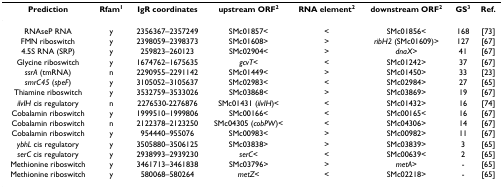
<table><thead><tr><td><b>Prediction</b></td><td><b>Rfam<sup>1</sup></b></td><td><b>IgR coordinates</b></td><td><b>upstream ORF<sup>2</sup></b></td><td><b>RNA element<sup>2</sup></b></td><td><b>downstream ORF<sup>2</sup></b></td><td><b>GS<sup>3</sup></b></td><td><b>Ref.</b></td></tr></thead><tbody><tr><td>RNAseP RNA</td><td>y</td><td>2356367–2357249</td><td>SMc01857&lt;</td><td>&lt;</td><td>SMc01856&lt;</td><td>168</td><td>[73]</td></tr><tr><td>FMN riboswitch</td><td>y</td><td>2398059–2398373</td><td>SMc01608&gt;</td><td>&gt;</td><td><i>ribH2 </i>(SMc01609)&gt;</td><td>127</td><td>[67]</td></tr><tr><td>4.5S RNA (SRP)</td><td>y</td><td>259823–260123</td><td>SMc02904&lt;</td><td>&gt;</td><td><i>dnaX</i>&gt;</td><td>41</td><td>[67]</td></tr><tr><td>Glycine riboswitch</td><td>y</td><td>1674762–1675635</td><td><i>gcvT&lt;</i></td><td>&lt;</td><td>SMc01242&gt;</td><td>37</td><td>[67]</td></tr><tr><td><i>ssrA </i>(tmRNA)</td><td>n</td><td>2290955–2291142</td><td>SMc01449&lt;</td><td>&gt;</td><td>SMc01450&gt;</td><td>33</td><td>[23]</td></tr><tr><td><i>smrC45 </i>(<i>speF</i>)</td><td>y</td><td>3105052–3105637</td><td>SMc02983&lt;</td><td>&lt;</td><td>SMc02984&gt;</td><td>27</td><td>[65]</td></tr><tr><td>Thiamine riboswitch</td><td>y</td><td>3532759–3533026</td><td>SMc03868&lt;</td><td>&gt;</td><td>SMc03869&gt;</td><td>19</td><td>[67]</td></tr><tr><td><i>ilvIH </i>cis regulatory</td><td>n</td><td>2276530-2276876</td><td>SMc01431 (<i>ilvIH</i>)&lt;</td><td>&lt;</td><td>SMc01432&gt;</td><td>16</td><td>[74]</td></tr><tr><td>Cobalamin riboswitch</td><td>y</td><td>1999510–1999806</td><td>SMc00166&lt;</td><td>&lt;</td><td>SMc00165&lt;</td><td>16</td><td>[67]</td></tr><tr><td>Cobalamin riboswitch</td><td>n</td><td>2122378–2123250</td><td>SMc04305 (<i>cobPW</i>)&lt;</td><td>&lt;</td><td>SMc04306&gt;</td><td>14</td><td>[67]</td></tr><tr><td>Cobalamin riboswitch</td><td>y</td><td>954440–955076</td><td>SMc00983&lt;</td><td>&gt;</td><td>SMc00982&gt;</td><td>11</td><td>[67]</td></tr><tr><td><i>ybhL </i>cis regulatory</td><td>y</td><td>3505880–3506125</td><td>SMc03838&gt;</td><td>&gt;</td><td>SMc03839&gt;</td><td>3</td><td>[65]</td></tr><tr><td><i>serC </i>cis regulatory</td><td>y</td><td>2938993–2939230</td><td><i>serC</i>&lt;</td><td>&lt;</td><td>SMc00639&lt;</td><td>2</td><td>[65]</td></tr><tr><td>Methionine riboswitch</td><td>y</td><td>3461713–3461838</td><td>SMc03796&gt;</td><td>&gt;</td><td><i>metA</i>&gt;</td><td>-</td><td>[65]</td></tr><tr><td>Methionine riboswitch</td><td>y</td><td>580068–580264</td><td><i>metZ</i>&lt;</td><td>&lt;</td><td>SMc02218&gt;</td><td>-</td><td>[65]</td></tr></tbody></table>